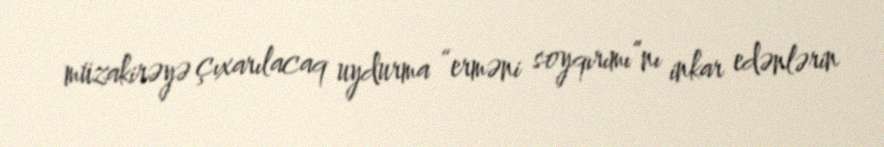
müzakirəyə çıxarılacaq uydurma “erməni soyqırımı”nı inkar edənlərin